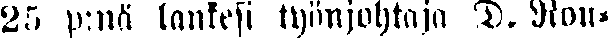
25 p:nä lankesi työnjohtaja D. Ron-